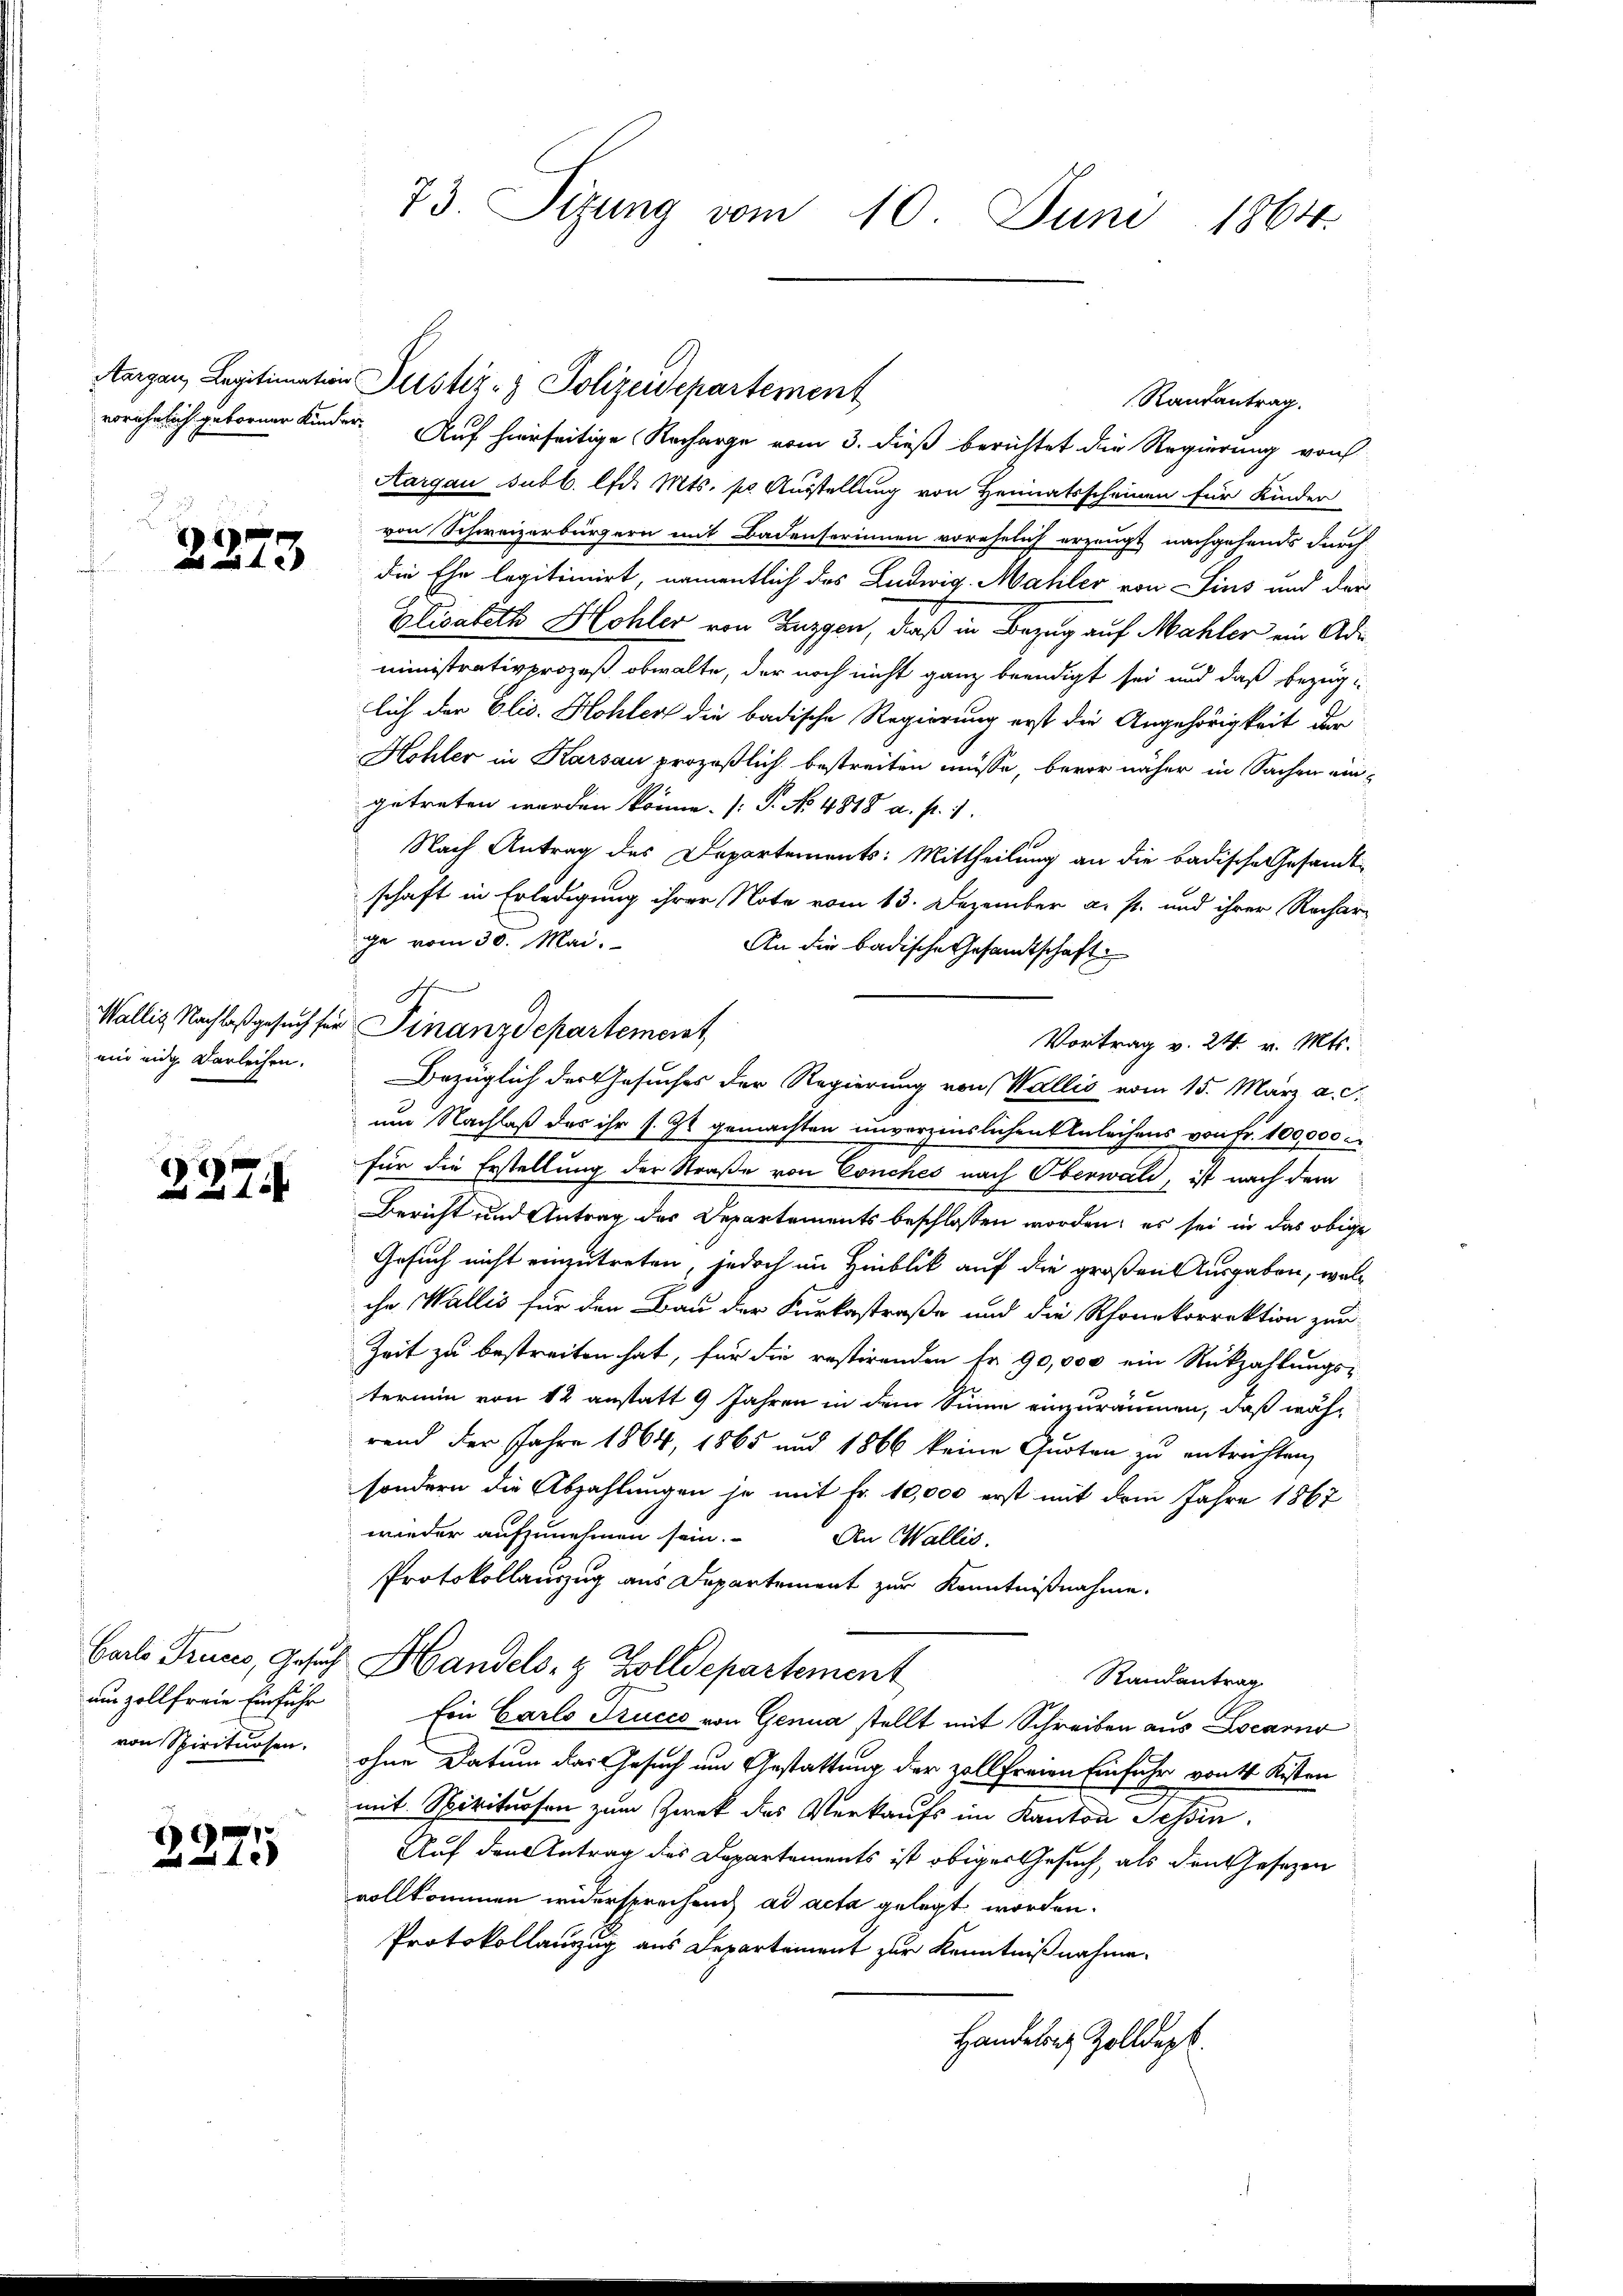
2273

2274

ams zollfreie Einfuhr

2375

Randantrag.
vorähnlich gebornen Kinder. Auf hierseitige Recharge vom 3. dieß berichtet die Regierung von
Aargau subl. lfd. Mts. pr. Ausstellung von Heimatsscheinen für Kinder
von Schweizerbürgern mit Badenserinnen vorehelich erzeugt nachgehends durch
die Ehe legitimirt, namentlich des Ludwig Mahler von Sins und der
Elisabeth Hohler von Zuzgen, daß in Bezug auf Mahler ein Ade
ministrativprozeß obwalte, der noch nicht ganz beendigt sei und daß bezüglich der Elis. Hohler die badische Regierung erst die Angehörigkeit der
Hohler in Karsau prozeßlich bestreiten müsse, bevor näher in Sachen eingetreten werden könne. (T. No 4818 a. p. 1.
Nach Antrag des Departements: Mittheilung an die badische Gesandt-
schaft in Erledigung ihrer Note vom 13. Dezember a. s. und ihrer Recharge vom 30. Mai.
An die badische Gesandtschaft
Vortrag v. 24. v. Mts.
mir ein Darleihen. Bezüglich der Gesuches der Regierung von Wallis vom 15. März a. c.
um Nachlaß des ihr s. Zt. gemachten unverzinslichen Anleihens von Fr. 100,000 c
für die Erstellung der Straße von Conches nach Oberwald, ist nach dem
Bericht und Antrag des Departements beschlossen worden; es sei in das obige
Gesuch nicht einzutreten, jedoch im Hinblick auf die großen Ausgaben, wolche Wallis für den Bau der Kurkastraße und die Rhonekorrektion zur
Zeit zu bestreiten hat, für die restirenden Fr. 90,000 ein Rückzahlungs-
termin von 12 anstatt 9 Jahren in dem Sinne einzuräumen, daß während der Jahre 1864, 1865 und 1866 keine Quoten zu entrichten,
sondern die Abzahlungen je mit Fr. 10,000 erst mit dem Jahre 1867
wieder aufzunehmen sein. An Wallis,
Protokollauszug aus Departement zur Kenntnißnahme.
Barlo Truces, Gesuch Handels- & Zolldepartement
Randantrag
Ein Carlo Trucco von Genua stellt mit Schreiben aus Locarno
von Spirituosen, ohne Datum das Gesuch um Gestattung der zoll freien Einfuhr von 4 Kisten
mit Spirituosen zum Zweck des Verkaufs im Kanton Tessin,
Auf den Antrag des Departements ist obiger Gesuch, als den Gesetzen
vollkommen widersprechend ad acta gelegt worden.
Protokollauszug aus Departement zur Kenntnißnahme.
Handeln Zolldept.

73. Sizung vom 10. Juni 1864.

Aargau, Legitimation Justiz- & Polizeidepartement

e
Wallis, Nachloßgesuch für Finanzdepartement,